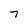
Character: 7